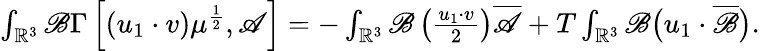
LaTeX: \begin{array}{r}{\int_{\mathbb{R}^{3}}\mathscr{B}\Gamma\left[(u_{1}\cdot v)\mu^{\frac{1}{2}},\mathscr{A}\right]=-\int_{\mathbb{R}^{3}}\mathscr{B}\left(\frac{u_{1}\cdot v}{2}\right)\overline{{\mathscr{A}}}+T\int_{\mathbb{R}^{3}}\mathscr{B}\big(u_{1}\cdot\overline{\mathscr{B}}\big).}\end{array}